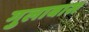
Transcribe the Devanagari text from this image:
गुलाबास